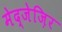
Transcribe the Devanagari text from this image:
मेद्जेज़िर